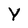
Character: Y